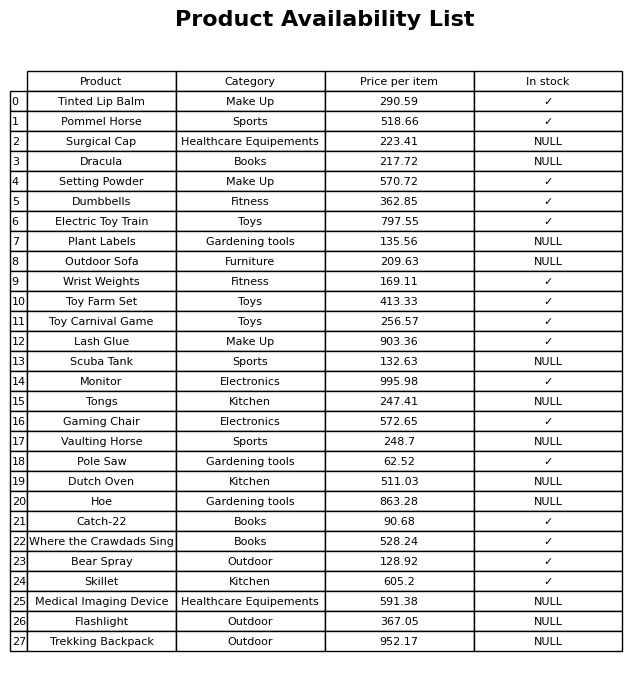
question: Which products are available in stock?
answer: Tinted Lip Balm, Pommel Horse, Setting Powder, Dumbbells, Electric Toy Train, Wrist Weights, Toy Farm Set, Toy Carnival Game, Lash Glue, Monitor, Gaming Chair, Pole Saw, Catch-22, Where the Crawdads Sing, Bear Spray, Skillet